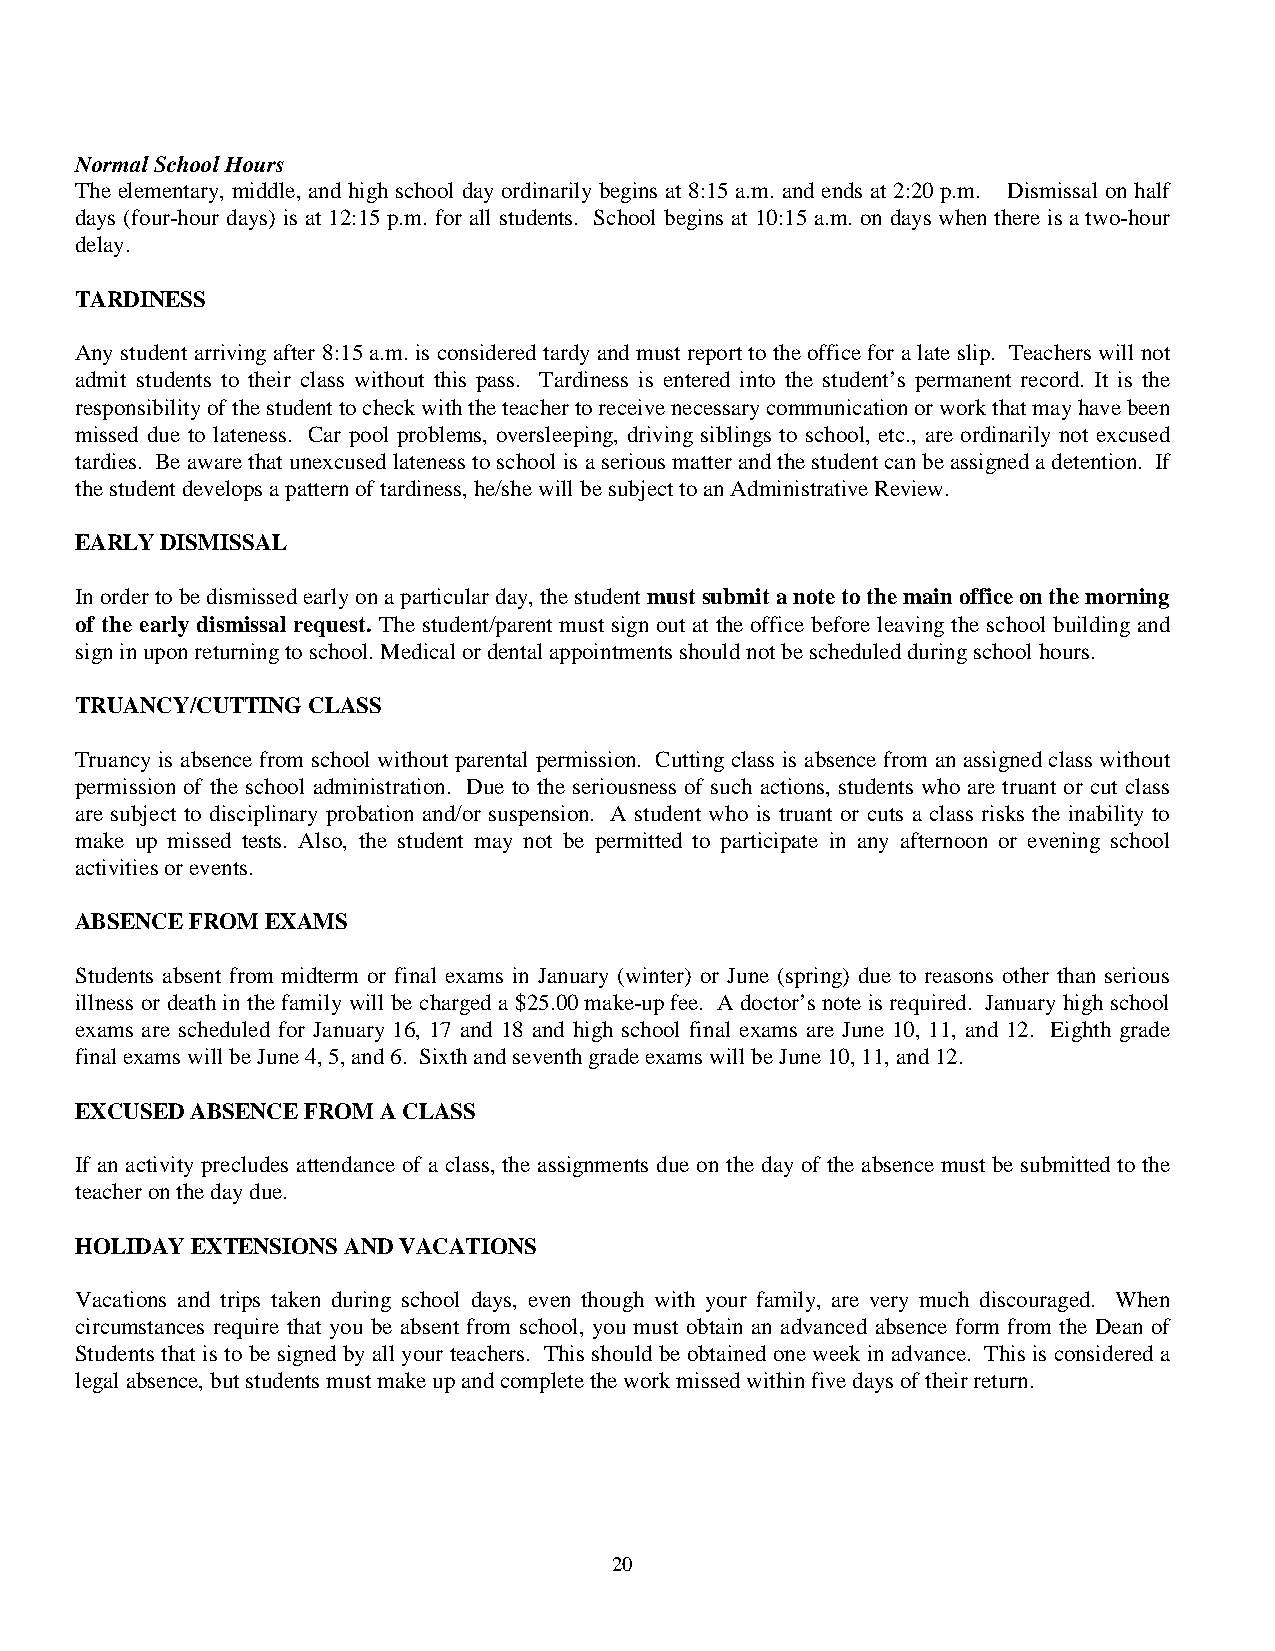
Normal School Hours
 The elementary, middle, and high school day ordinarily begins at 8:15 a.m. and ends at 2:20 p.m. Dismissal on half
 days (four-hour days) is at 12:15 p.m. for all students. School begins at 10:15 a.m. on days when there is a two-hour
 delay.
 TARDINESS
 Any student arriving after 8:15 a.m. is considered tardy and must report to the office for a late slip. Teachers will not
 admit students to their class without this pass. Tardiness is entered into the student’s permanent record. It is the
 responsibility of the student to check with the teacher to receive necessary communication or work that may have been
 missed due to lateness. Car pool problems, oversleeping, driving siblings to school, etc., are ordinarily not excused
 tardies. Be aware that unexcused lateness to school is a serious matter and the student can be assigned a detention. If
 the student develops a pattern of tardiness, he/she will be subject to an Administrative Review.
 EARLY DISMISSAL
 In order to be dismissed early on a particular day, the student must submit a note to the main office on the morning
 of the early dismissal request. The student/parent must sign out at the office before leaving the school building and
 sign in upon returning to school. Medical or dental appointments should not be scheduled during school hours.
 TRUANCY/CUTTING CLASS
 Truancy is absence from school without parental permission. Cutting class is absence from an assigned class without
 permission of the school administration. Due to the seriousness of such actions, students who are truant or cut class
 are subject to disciplinary probation and/or suspension. A student who is truant or cuts a class risks the inability to
 make up missed tests. Also, the student may not be permitted to participate in any afternoon or evening school
 activities or events.
 ABSENCE FROM EXAMS
 Students absent from midterm or final exams in January (winter) or June (spring) due to reasons other than serious
 illness or death in the family will be charged a $25.00 make-up fee. A doctor’s note is required. January high school
 exams are scheduled for January 16, 17 and 18 and high school final exams are June 10, 11, and 12. Eighth grade
 final exams will be June 4, 5, and 6. Sixth and seventh grade exams will be June 10, 11, and 12.
 EXCUSED ABSENCE FROM A CLASS
 If an activity precludes attendance of a class, the assignments due on the day of the absence must be submitted to the
 teacher on the day due.
 HOLIDAY EXTENSIONS AND VACATIONS
 Vacations and trips taken during school days, even though with your family, are very much discouraged. When
 circumstances require that you be absent from school, you must obtain an advanced absence form from the Dean of
 Students that is to be signed by all your teachers. This should be obtained one week in advance. This is considered a
 legal absence, but students must make up and complete the work missed within five days of their return.
 20